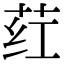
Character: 荭